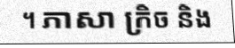
។ ភាសា ក្រិច និង